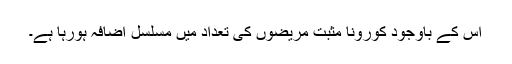
اس کے باوجود کورونا مثبت مریضوں کی تعداد میں مسلسل اضافہ ہورہا ہے۔